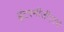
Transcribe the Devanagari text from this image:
इंटरमीजीएटचे